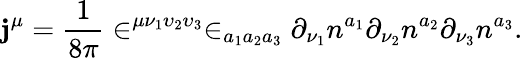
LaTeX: \mathbf{j}^{\mu}=\frac{1}{{8\pi}}\in^{\mu\nu_{1}\upsilon_{2}\upsilon_{3}}\in_{a_{1}a_{2}a_{3}}\partial_{\nu_{1}}n^{a_{1}}\partial_{\nu_{2}}n^{a_{2}}\partial_{\nu_{3}}n^{a_{3}}.